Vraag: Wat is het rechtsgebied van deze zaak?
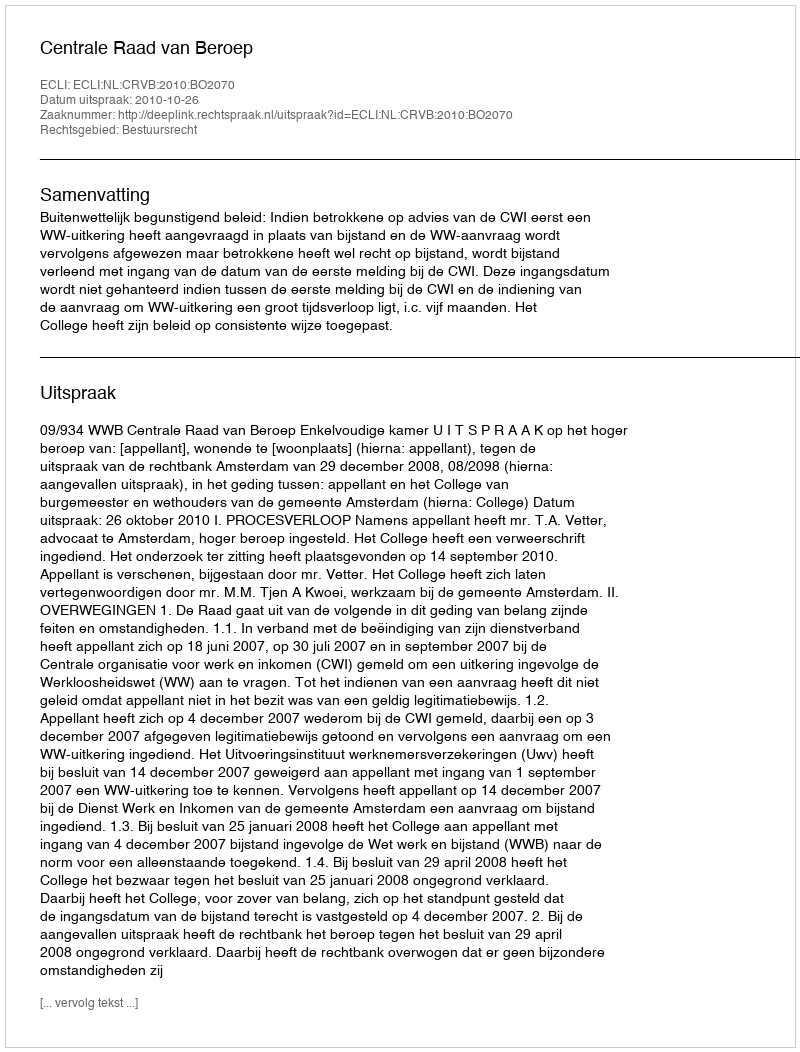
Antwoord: Bestuursrecht